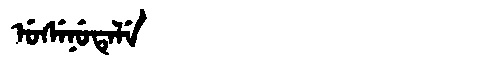
Manchu: ᡠᠰᡝᠨᡠᡨᡝᠯᡝ
Romanization: USENUTELE